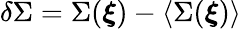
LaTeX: \delta\Sigma=\Sigma(\boldsymbol{\xi})-\langle\Sigma(\boldsymbol{\xi})\rangle